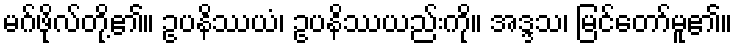
မဂ်ဖိုလ်တို့၏။ ဥပနိဿယံ၊ ဥပနိဿယည်းကို။ အဒ္ဒသ၊ မြင်တော်မူ၏။